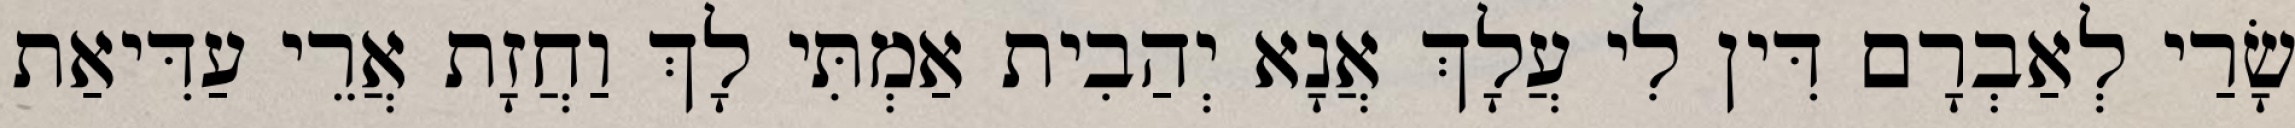
שָׂרַי לְאַבְרָם דִּין לִי עֲלָךְ אֲנָא יְהַבִית אַמְתִּי לָךְ וַחֲזָת אֲרֵי עַדִּיאַת